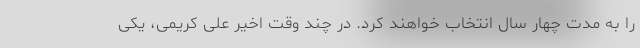
را به مدت چهار سال انتخاب خواهند کرد. در چند وقت اخیر علی کریمی، یکی